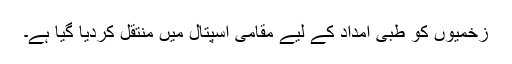
زخمیوں کو طبی امداد کے لیے مقامی اسپتال میں منتقل کردیا گیا ہے۔